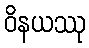
ဝိနယဿု